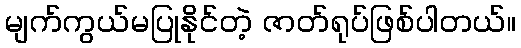
မျက်ကွယ်မပြုနိုင်တဲ့ ဇာတ်ရုပ်ဖြစ်ပါတယ်။